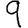
Digit: 9